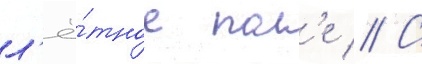
л'ё́тное пол'е // С